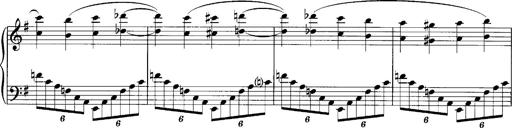
Title: Schlaflos! Frage und Antwort
Composer: Franz Liszt